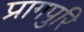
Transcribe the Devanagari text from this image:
प्रागपुरि